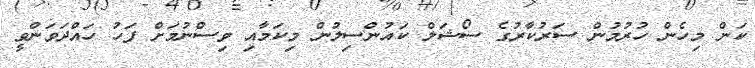
ކަން މިހެން ހުރުމުން ސަރުކާރުގެ ސޯޝަލް ކައުންސިލުން މިކަމާއި ވިސްނުމަށް ފަހު ހައްދަަވަންވީ